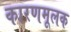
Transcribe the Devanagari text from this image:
कारणमूलक